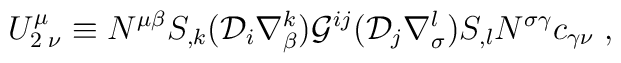
U^{\mu}_{2\; \nu}\equiv N^{\mu \beta} S_{,k}({\cal D}_i \nabla ^{k}_{\beta}){\cal G}^{ij}({\cal D}_j \nabla^{l}_{\sigma})S_{,l} N^{\sigma \gamma }c_{\gamma \nu} \;,